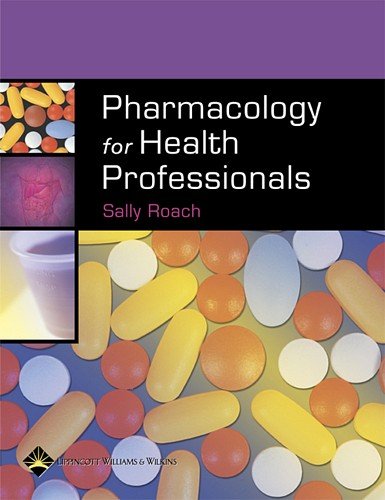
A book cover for Pharmacology for Health Professionals; Sally S. Roach MSN  RN  CNE; Medical Books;